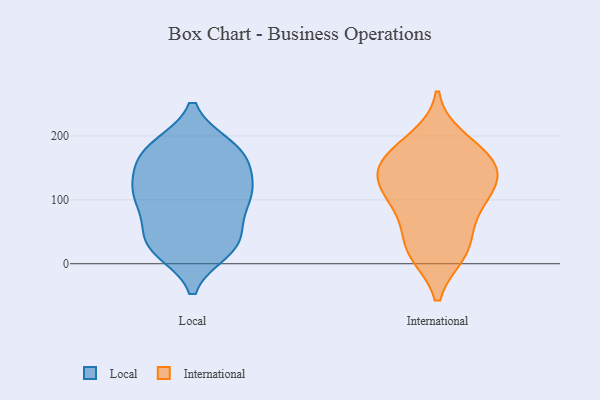
{"axis": {"x": "Budget (USD K)", "y": "Value"}, "legend": ["International", "Local"], "data": [{"x": "", "y": 152, "type": "Local"}, {"x": "", "y": 177, "type": "Local"}, {"x": "", "y": 37, "type": "Local"}, {"x": "", "y": 182, "type": "Local"}, {"x": "", "y": 55, "type": "Local"}, {"x": "", "y": 111, "type": "Local"}, {"x": "", "y": 24, "type": "Local"}, {"x": "", "y": 108, "type": "Local"}, {"x": "", "y": 35, "type": "Local"}, {"x": "", "y": 176, "type": "Local"}, {"x": "", "y": 183, "type": "Local"}, {"x": "", "y": 165, "type": "Local"}, {"x": "", "y": 21, "type": "Local"}, {"x": "", "y": 131, "type": "Local"}, {"x": "", "y": 122, "type": "Local"}, {"x": "", "y": 96, "type": "Local"}, {"x": "", "y": 88, "type": "Local"}, {"x": "", "y": 103, "type": "Local"}, {"x": "", "y": 27, "type": "Local"}, {"x": "", "y": 194, "type": "International"}, {"x": "", "y": 163, "type": "International"}, {"x": "", "y": 100, "type": "International"}, {"x": "", "y": 102, "type": "International"}, {"x": "", "y": 29, "type": "International"}, {"x": "", "y": 20, "type": "International"}, {"x": "", "y": 18, "type": "International"}, {"x": "", "y": 134, "type": "International"}, {"x": "", "y": 74, "type": "International"}, {"x": "", "y": 158, "type": "International"}, {"x": "", "y": 123, "type": "International"}, {"x": "", "y": 143, "type": "International"}, {"x": "", "y": 172, "type": "International"}]}